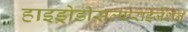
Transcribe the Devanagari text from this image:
हाइड्रोडीसल्फराईजेशन